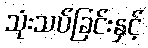
သုံးသပ်ခြင်းနှင့်